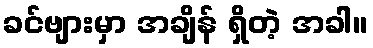
ခင်ဗျားမှာ အချိန် ရှိတဲ့ အခါ။